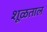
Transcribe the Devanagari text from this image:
शूळताल